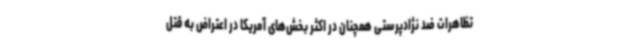
تظاهرات ضد نژادپرستی همچنان در اکثر بخش‌های آمریکا در اعتراض به قتل